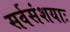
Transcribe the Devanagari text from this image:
सर्वसंशयाः